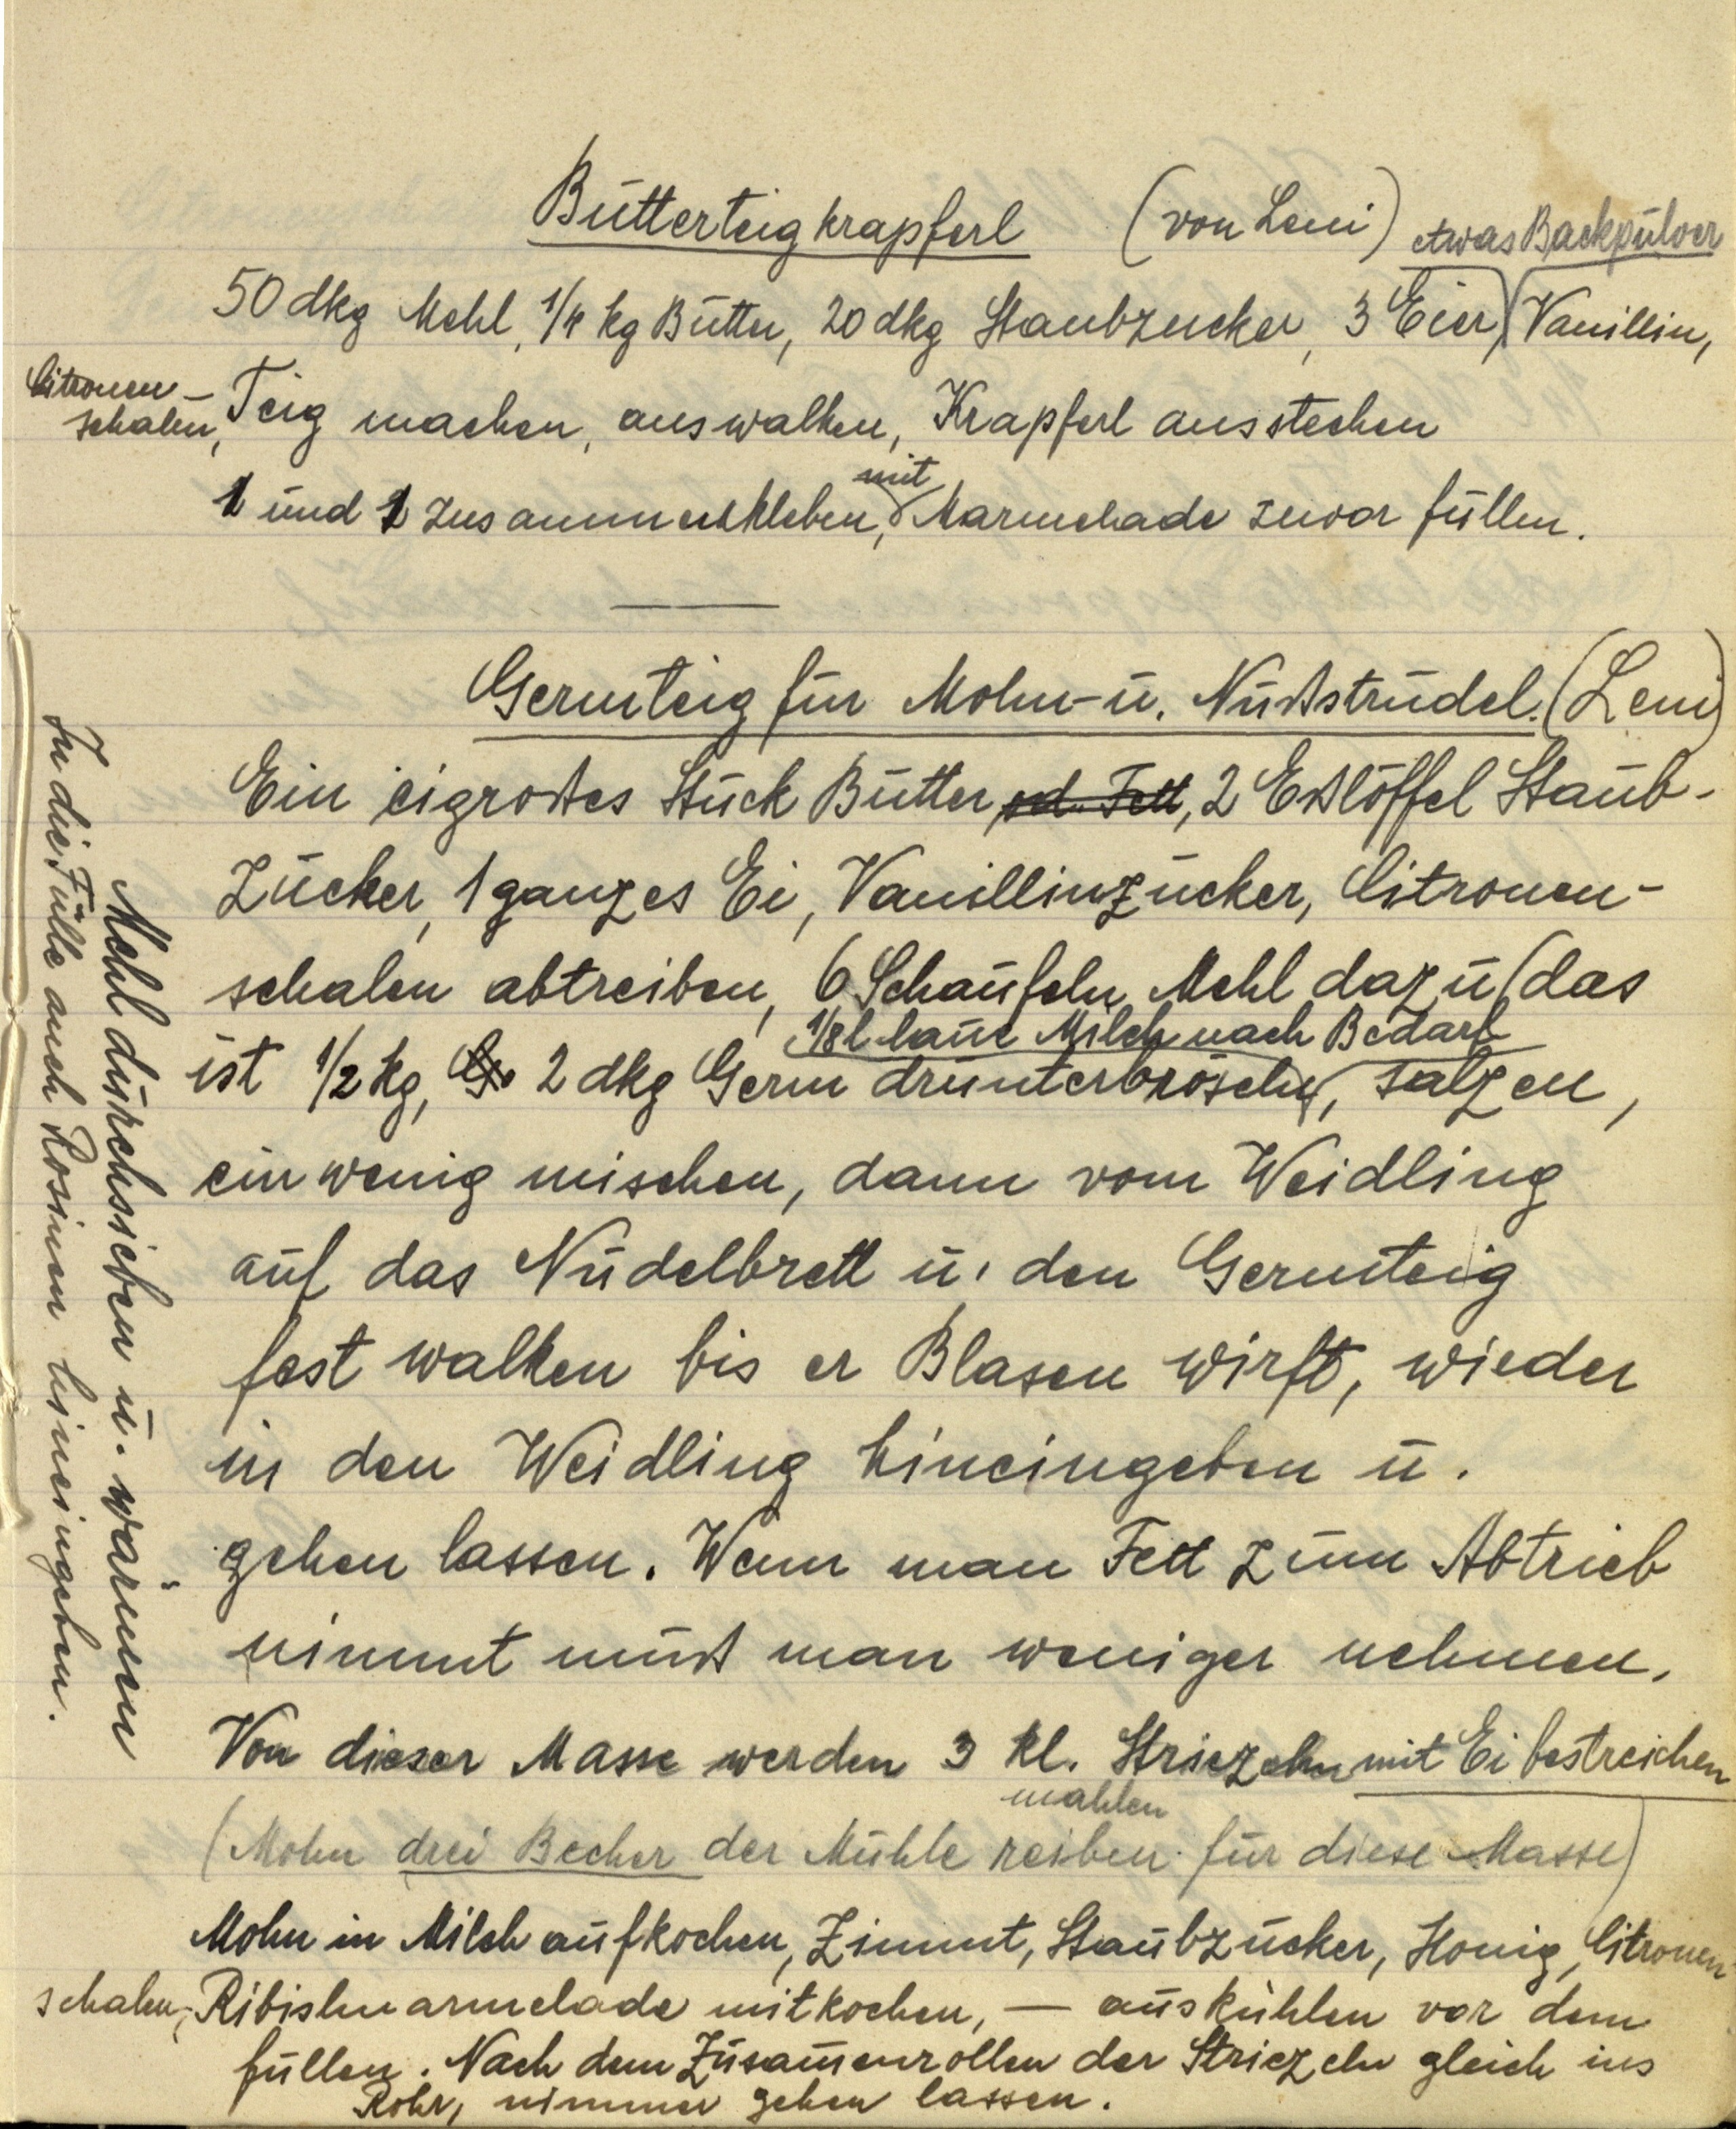
Butterteigkrapferl (von Leni)

50 dkg Mehl, 1/4 kg Butter, 20 dkg Staubzucker, 3 Eier, etwas Backpulver Vanillin,
Citronenschalen, Teig machen, auswalken, Krapferl ausstechen
1 und 1 zusammenkleben, mit Marmelade zuvor füllen.

Germteig für Mohn- u. Nußstrudel. (Leni)
Ein eigroßes Stück Butter, od. Fett, 2 Eßlöffel Staub¬
zucker, 1 ganzes Ei, Vanillinzucker, Citronen¬
schalen abtreiben, 6 Schaufeln Mehl dazu (das
ist ½ kg, Ge 2 dkg Germ drunterbröseln, ⅛ l laue Milch nach Bedarf, salzen,
ein wenig mischen, dann vom Weidling
auf das Nudelbrett u. den Germteig
fest walken bis er Blasen wirft, wieder
in den Weidling hineingeben u.
gehen lassen. Wenn man Fett zum Abtrieb
nimmt muß man weniger nehmen.
Von dieser Masse werden 3 kl. Striezeln mit Ei bestreichen
(Mohn drei Becher der Mühle reiben mahlen für diese Masse)
Mohn in Milch aufkochen, Zimmt, Staubzucker, Honig, Citronen¬
schalen, Ribislmarmelade mitkochen, — auskühlen vor dem
füllen. Nach dem Zusammenrollen der Striezeln gleich ins
Rohr, nimmer gehen lassen.

Mehl durchsieben u. wärmen
In die Fülle auch Rosinen hineingeben.